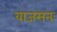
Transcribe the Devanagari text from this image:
वाजसनः